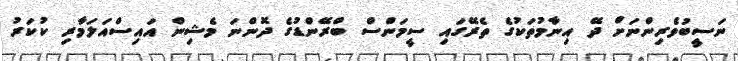
ނަސީބުވެރިންނަށް ދޭ އިނާމުތަކުގެ ތެރޭގައި ސީމަންސް ބްރޭންޑުގެ ދޮންނަ މެޝިން އައިސްއަލަމާރި ކުކަރު